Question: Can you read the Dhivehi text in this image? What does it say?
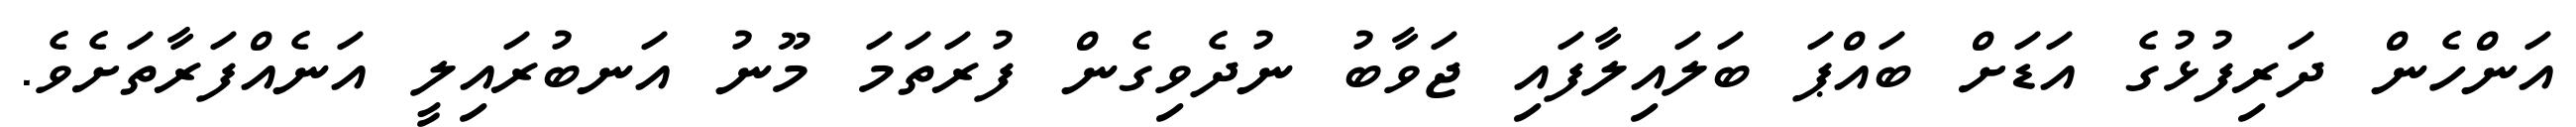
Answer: އަންހެން ދަރިފުޅުގެ އަޑަށް ބައްޕަ ބަލައިލާފައި ޖަވާބު ނުދެވިގެން ފުރަތަމަ މޫނު އަނބުރައިލީ އަނެއްފަރާތަށެވެ.